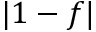
\vert 1 - f \vert